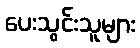
ပေးသွင်းသူများ